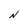
Character: N